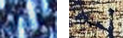
كابون إحسان